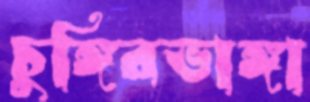
চুঙ্গিরভাঙ্গা